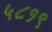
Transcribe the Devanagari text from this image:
५८१९